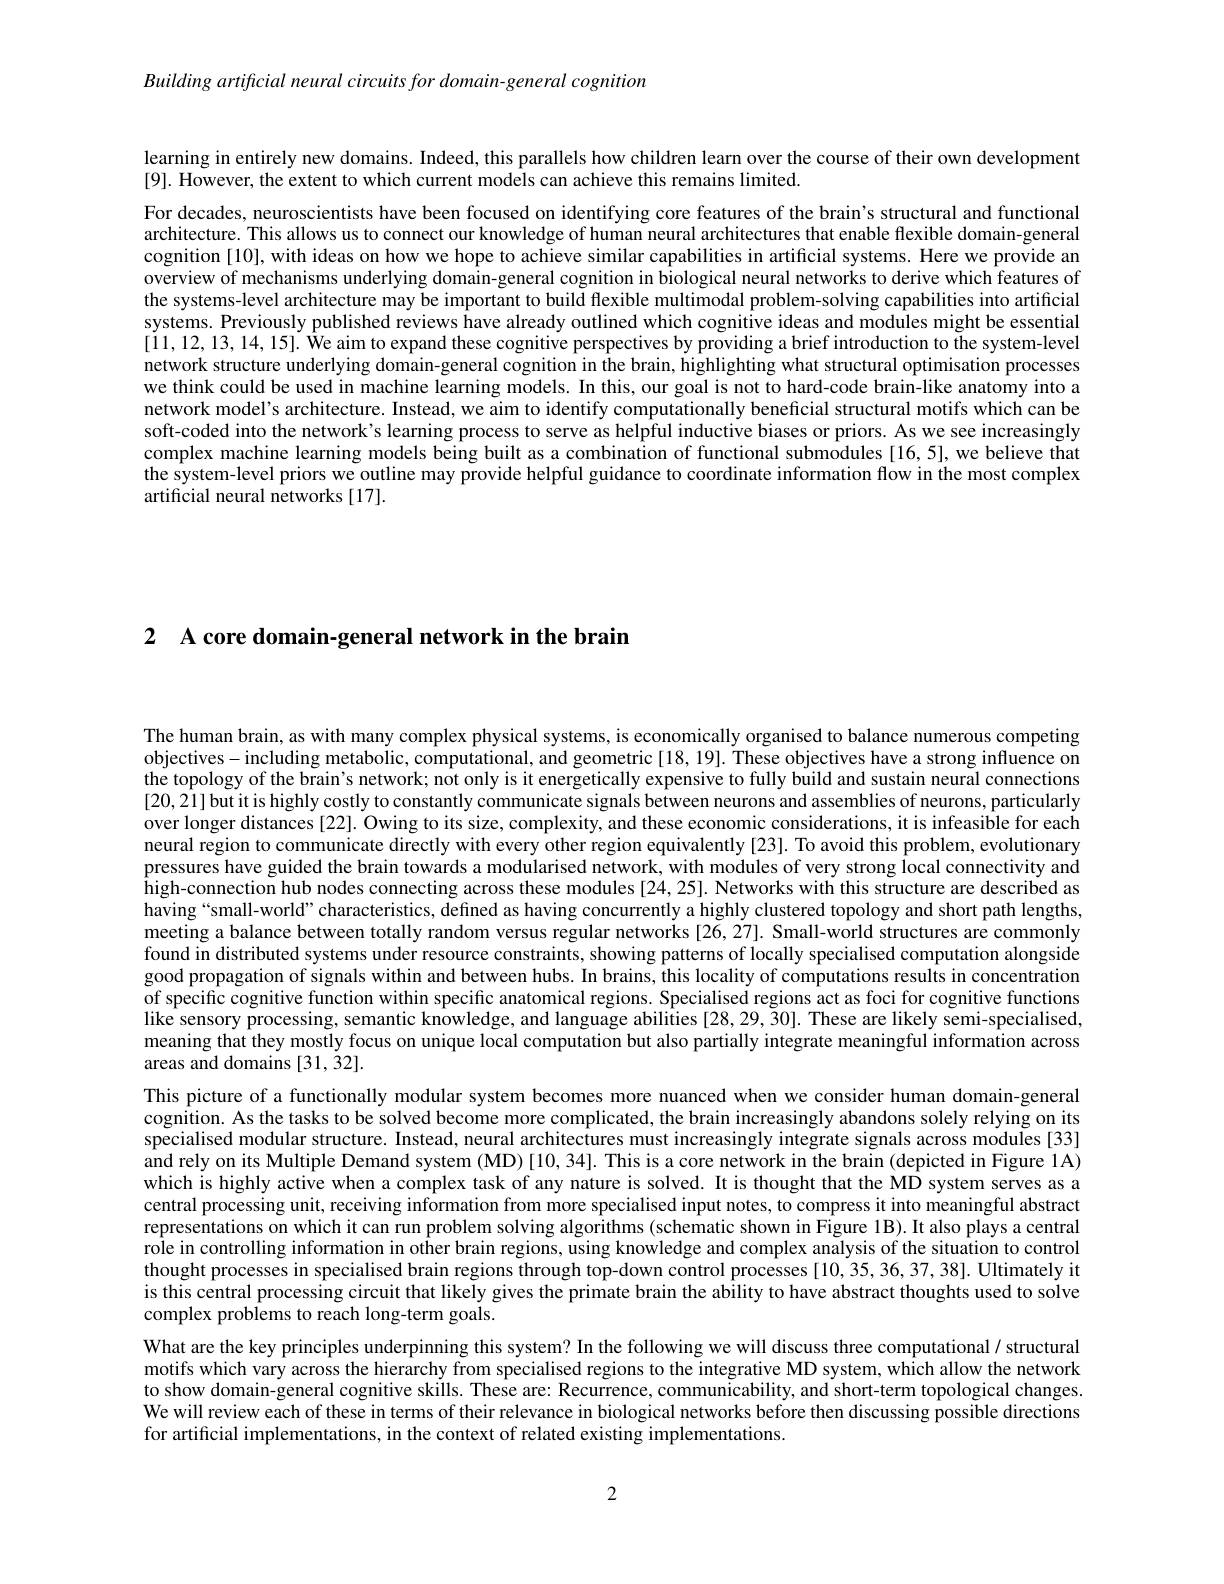
Building artificial neural circuits for domain-general cognition

learning in entirely new domains. Indeed, this parallels how children learn over the course of their own development

[9]. However, the extent to which current models can achieve this remains limited.

For decades, neuroscientists have been focused on identifying core features of the brain's structural and functional architecture. This allows us to connect our knowledge of human neural architectures that enable ffexible domain-general cognition[10], with ideas on how we hope to achieve similar capabilities in artificial systems. Here we provide an overview of mechanisms underlying domain-general cognition in biological neural networks to derive which features of the systems-level architecture may be important to build flexible multimodal problem-solving capabilities into artificial systems. Previously published reviews have already outlined which cognitive ideas and modules might be essential $[ 11, 12, 13, 14, 15] . \text{ \^ {W}e aim to expand these cognitive perspectives by providing a brief introduction to the system- level}$ network structure underlying domain-general cognition in the brain, highlighting what structural optimisation processes we think could be used in machine learning models. In this, our goal is not to hard-code brain-like anatomy into a network model's architecture. Instead, we aim to identify computationally beneficial structural motifs which can be soft-coded into the network's learning process to serve as helpful inductive biases or priors. As we see increasingly complex machine learning models being built as a combination of functional submodules [16,5], we believe that the system-level priors we outline may provide helpful guidance to coordinate information flow in the most complex artificial neural networks [17].

2 A core domain-general network in the brair

The human brain, as with many complex physical systems, is economically organised to balance numerous competing objectives-including metabolic, computational, and geometric[18,19]. These objectives have a strong influence on the topology of the brain's network; not only is it energetically expensive to fully build and sustain neural connections [20,21]butitis highly costly to constantly communicate signals between neurons and assemblies of neurons, particularly over longer distances [22]. Owing to its size, complexity, and these economic considerations, it is infeasible for each neural region to communicate directly with every other region equivalently [23]. To avoid this problem, evolutionary pressures have guided the brain towards a modularised network, with modules of very strong local connectivity and $\hat{\text{high-connection hub nodes connecting across these modules [24,25]. }}$Networks with this structure are described as having“small-world”characteristics, defined as having concurrently a highly clustered topology and short path lengths, meeting a balance between totally random versus regular networks [26,27]. Small-world structures are commonly found in distributed systems under resource constraints, showing patterns of locally specialised computation alongside good propagation of signals within and between hubs. In brains, this locality of computations results in concentration of specific cognitive function within specific anatomical regions. Specialised regions act as foci for cognitive functions like sensory processing, semantic knowledge, and language abilities [28, 29, 30]. These are likely semi-specialised, meaning that they mostly focus on unique local computation but also partially integrate meaningful information across areas and domains [31, $\dot{3}2].$
This picture of a functionally modular system becomes more nuanced when we consider human domain-general cognition. As the tasks to be solved become more complicated, the brain increasingly abandons solely relying on its specialised modular structure. Instead, neural architectures must increasingly integrate signals across modules[33] and rely on its Multiple Demand system (MD) [10,34]. This is a core network in the brain (depicted in Figure 1A) which is highly active when a complex task of any nature is solved. It is thought that the MD system serves as a central processing unit, receiving information from more specialised input notes, to compress it into meaningful abstract representations on which it can run problem solving algorithms (schematic shown in Figure 1B). It also plays a central role in controlling information in other brain regions, using knowledge and complex analysis of the situation to control thought processes in specialised brain regions through top-down control processes [10,35,36,37,38]. Ultimately it is this central processing circuit that likely gives the primate brain the ability to have abstract thoughts used to solve complex problems to reach long-term goals.
What are the key principles underpinning this system? In the following we will discuss three computational / structural motifs which vary across the hierarchy from specialised regions to the integrative MD system, which allow the network to show domain-general cognitive skills. These are: Recurrence, communicability, and short-term topological changes We will review each of these in terms of their relevance in biological networks before then discussing possible directions for artificial implementations, in the context of related existing implementations.

2